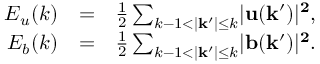
\begin{array} { r l r } { E _ { u } ( k ) } & { = } & { \frac { 1 } { 2 } \sum _ { k - 1 < \lvert \mathbf { k ^ { \prime } } \rvert \leq k } \lvert \bf { u } ( \bf { k ^ { \prime } } ) \rvert ^ { 2 } , } \\ { E _ { b } ( k ) } & { = } & { \frac { 1 } { 2 } \sum _ { k - 1 < \lvert \mathbf { k ^ { \prime } } \rvert \leq k } \lvert \bf { b } ( \bf { k ^ { \prime } } ) \rvert ^ { 2 } . } \end{array}